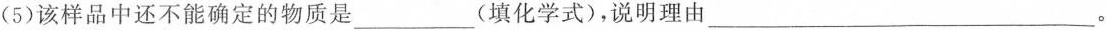
(5)该样品中还不能确定的物质是___(填化学式)，说明理由___。